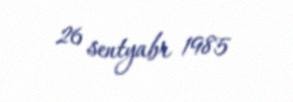
26 sentyabr 1985